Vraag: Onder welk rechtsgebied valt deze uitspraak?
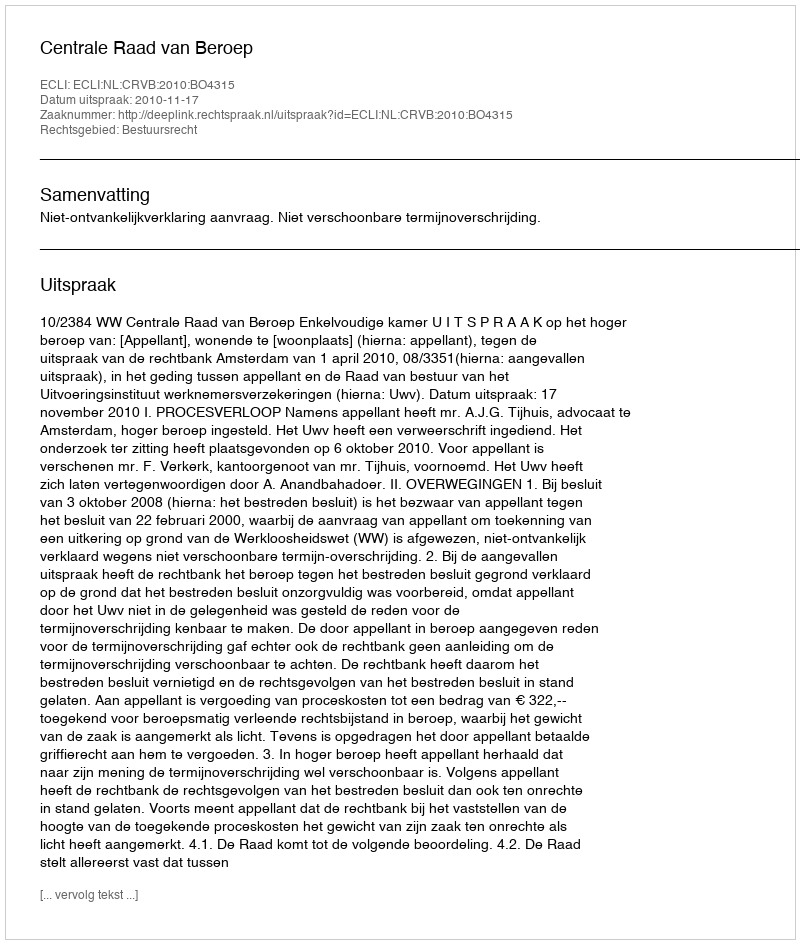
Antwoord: Bestuursrecht